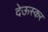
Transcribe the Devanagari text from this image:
देऊस्कर